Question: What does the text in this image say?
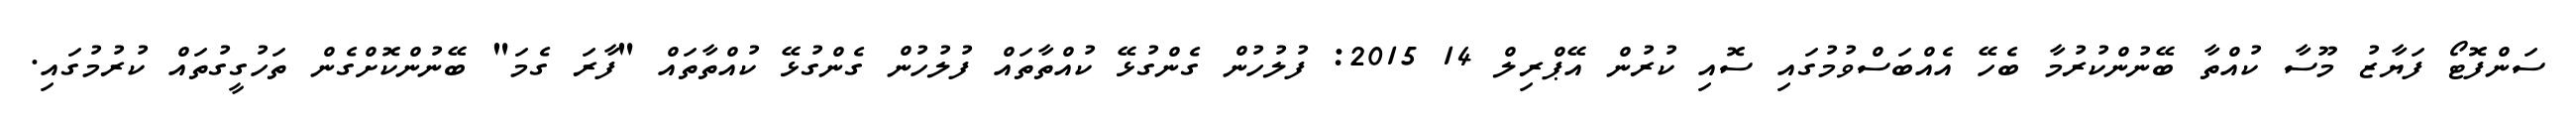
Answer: ސަންފޮޓޯ ފަޔާޒު މޫސާ ކުއްތާ ބޭނުންކުރުމާ ބެހޭ އެއްބަސްވުމުގައި ސޮއި ކުރުން އޭޕްރިލް 14 2015: ފުލުހުން ގެންގުޅޭ ކުއްތާތައް ފުލުހުން ގެންގުޅޭ ކުއްތާތައް "ފާރަ ގެމަ" ބޭނުންކޮށްގެން ތަހުގީގުތައް ކުރުމުގައި.